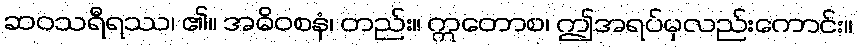
ဆဝသရီရဿ၊ ၏။ အဓိဝစနံ၊ တည်း။ ဣတောစ၊ ဤအရပ်မှလည်းကောင်း။